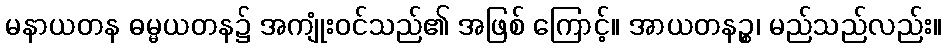
မနာယတန ဓမ္မယတန၌ အကျုံးဝင်သည်၏ အဖြစ် ကြောင့်။ အာယတနဉ္စ၊ မည်သည်လည်း။